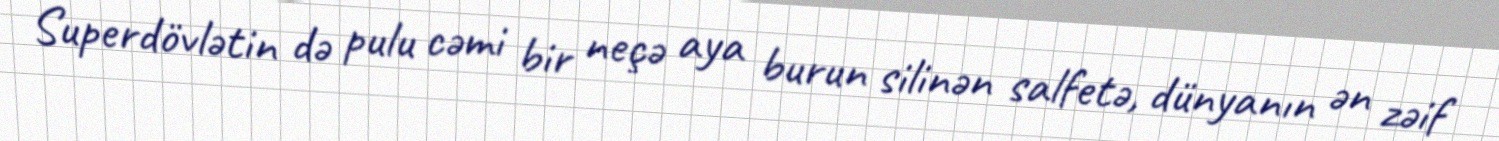
Superdövlətin də pulu cəmi bir neçə aya burun silinən salfetə, dünyanın ən zəif